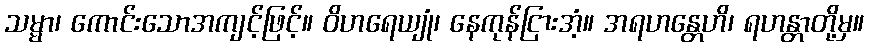
သမ္မာ၊ ကောင်းသောအကျင့်ဖြင့်။ ဝိဟရေယျုံ၊ နေကုန်ငြားအံ့။ အရဟန္တေဟိ၊ ရဟန္တာတို့မှ။